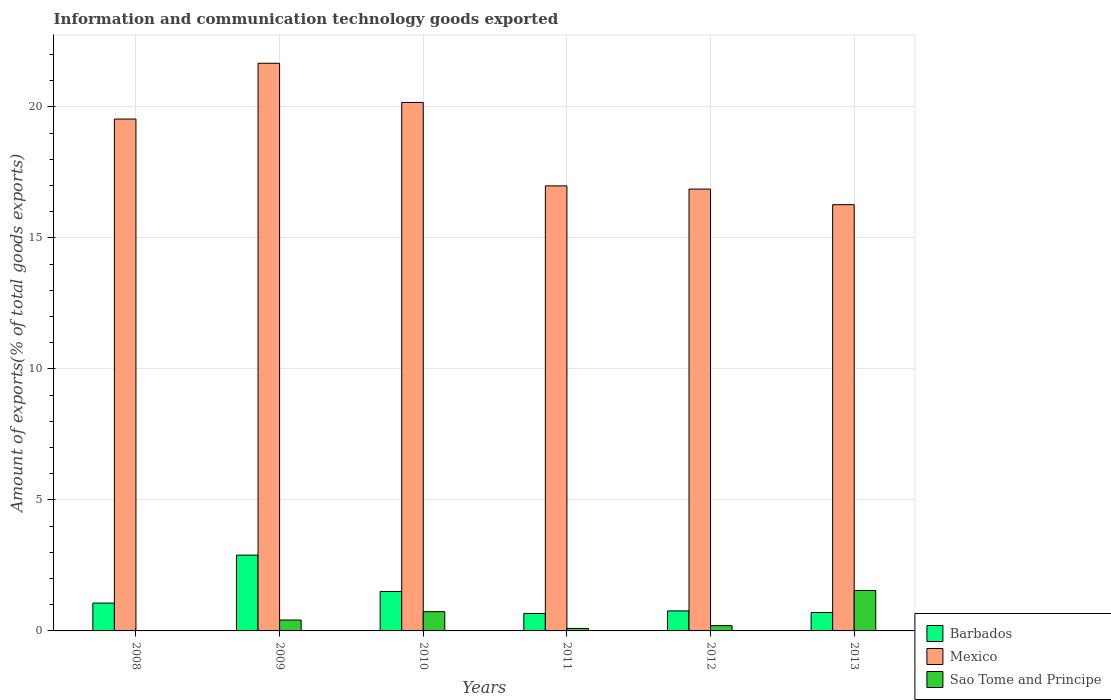
| Years | Barbados | Mexico | Sao Tome and Principe |
 | --- | --- | --- | --- |
 | 2008 | 1.06 | 19.5 | 0.00621 |
 | 2009 | 2.89 | 21.7 | 0.416 |
 | 2010 | 1.51 | 20.2 | 0.735 |
 | 2011 | 0.664 | 17 | 0.0951 |
 | 2012 | 0.764 | 16.9 | 0.202 |
 | 2013 | 0.703 | 16.3 | 1.54 |